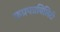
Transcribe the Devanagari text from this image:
कप्रपप्रबिलिटी